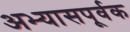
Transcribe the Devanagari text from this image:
अभ्यासपूर्वक